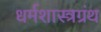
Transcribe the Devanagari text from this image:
धर्मशास्त्रग्रंथ